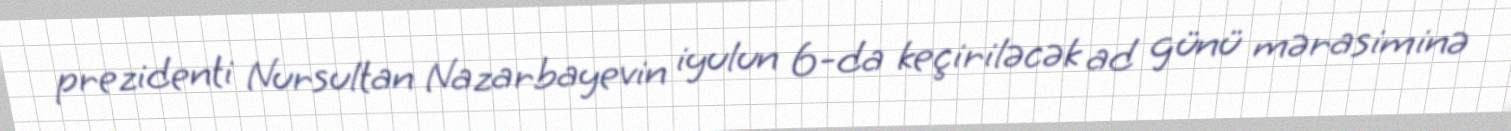
prezidenti Nursultan Nazarbayevin iyulun 6-da keçiriləcək ad günü mərasiminə